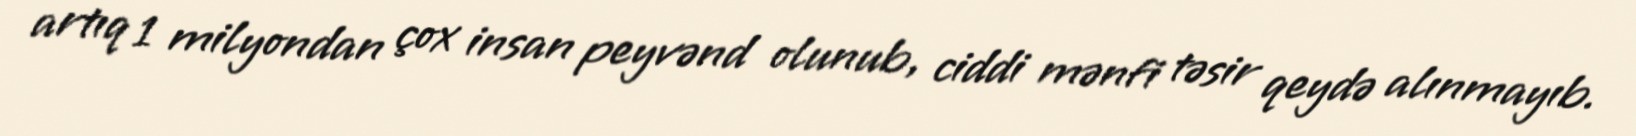
artıq 1 milyondan çox insan peyvənd olunub, ciddi mənfi təsir qeydə alınmayıb.